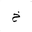
Letter: _kha